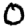
Digit: 0